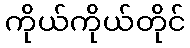
ကိုယ်ကိုယ်တိုင်